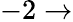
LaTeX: -2\to